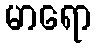
မာရော